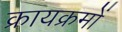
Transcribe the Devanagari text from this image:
क्रायक्रमों